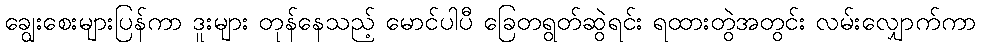
ချွေးစေးများပြန်ကာ ဒူးများ တုန်နေသည့် မောင်ပါပီ ခြေတရွတ်ဆွဲရင်း ရထားတွဲအတွင်း လမ်းလျှောက်ကာ